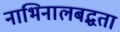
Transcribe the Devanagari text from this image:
नाभिनालबद्धता